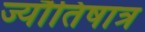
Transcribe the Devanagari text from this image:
ज्यौतिषात्र